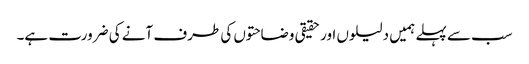
سب سے پہلے ہمیں دلیلوں اور حقیقی وضاحتوں کی طرف آنے کی ضرورت ہے۔